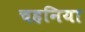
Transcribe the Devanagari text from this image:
चहनिया